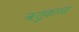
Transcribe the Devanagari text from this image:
ॠतुकाव्य